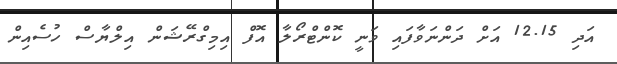
އަދި 12.15 އަށް ދަންނަވާފައި ވަނީ ކޮންޓްރޯލާ އޮފް އިމިގްރޭޝަން އިލްޔާސް ހުސެއިން